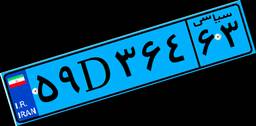
۵۹D۳۶۴۶۳